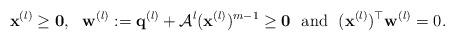
LaTeX: \begin{align*}{\bf x}^{(l)}\geq{\bf 0},~~{\bf w}^{(l)}:={\bf q}^{(l)}+\mathcal{A}^{l}({\bf x}^{(l)}) ^{m-1}\geq {\bf 0}~~{\rm and}~~({\bf x}^{(l)})^{\top}{\bf w}^{(l)}=0.\end{align*}